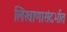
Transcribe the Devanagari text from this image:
लिखाणासंदर्भात